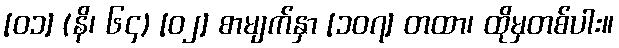
[၀၁] (နိ၊ ၆၄) [၀၂] စာမျက်နှာ [၁၀၇] တထာ၊ ထိုမှတစ်ပါး။